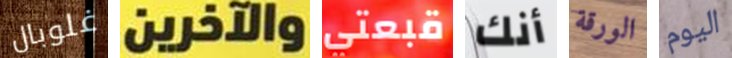
غلوبال والآخرين قبعتي أنك الورقة اليوم